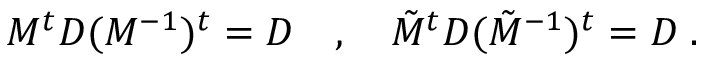
M ^ { t } D ( M ^ { - 1 } ) ^ { t } = D \quad , \quad \tilde { M } ^ { t } D ( \tilde { M } ^ { - 1 } ) ^ { t } = D \; .